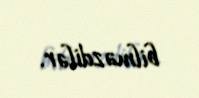
bilməzdilər.